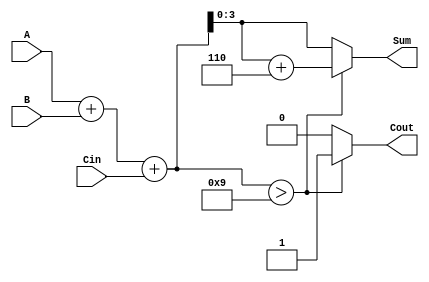
module BCD_Parallel_Adder (
    input  wire [3:0] A,      // First BCD digit
    input  wire [3:0] B,      // Second BCD digit
    input  wire Cin,          // Carry input
    output reg  [3:0] Sum,    // BCD sum output
    output reg  Cout          // Carry output
);

    wire [4:0] RawSum;        // 5-bit to hold the raw sum (A + B + Cin)
    wire Correction;           // Correction flag

    // Calculate the raw sum
    assign RawSum = A + B + Cin;

    // Determine if correction is needed
    assign Correction = (RawSum > 4'd9); // Check if RawSum exceeds 9

    always @(*) begin
        if (Correction) begin
            Sum = RawSum[3:0] + 4'd6; // Apply correction by adding 6
            Cout = 1;                 // Set carry out
        end else begin
            Sum = RawSum[3:0];        // No correction needed
            Cout = 0;                 // No carry out
        end
    end

endmodule